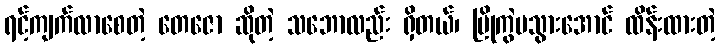
ရင့်ကျက်လာစေတဲ့ တေဇော ဆိုတဲ့ သဘောလည်း ရှိတယ်၊ ပြိုကွဲမသွားအောင် ထိန်းထားတဲ့